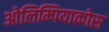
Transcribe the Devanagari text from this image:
ओलिम्पियाकोस